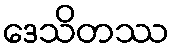
ဒေသိတဿ